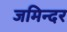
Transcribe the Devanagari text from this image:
जमिन्दर